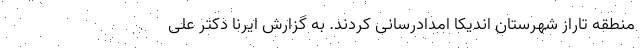
منطقه تاراز شهرستان اندیکا امدادرسانی کردند. به گزارش ایرنا دکتر علی